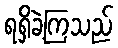
ရရှိခဲ့ကြသည်